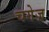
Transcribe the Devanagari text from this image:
चगेज़